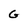
Character: G